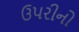
ઉપરીનો